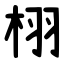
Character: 栩